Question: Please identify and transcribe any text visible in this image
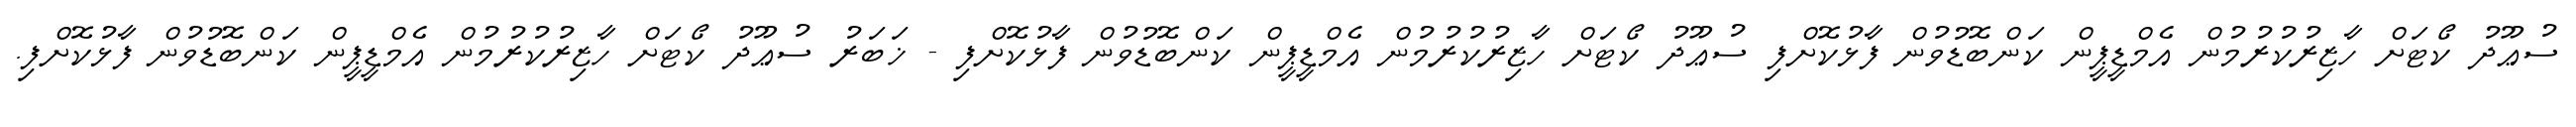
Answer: ސުޢޫދު ކޯޓަށް ހާޒިރުކުރުމުން އެމްޑީޕީން ކަންބޮޑުވުން ފާޅުކޮށްފި ސުޢޫދު ކޯޓަށް ހާޒިރުކުރުމުން އެމްޑީޕީން ކަންބޮޑުވުން ފާޅުކޮށްފި - ޚަބަރު ސުޢޫދު ކޯޓަށް ހާޒިރުކުރުމުން އެމްޑީޕީން ކަންބޮޑުވުން ފާޅުކޮށްފި.